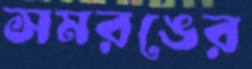
সমরঙের